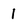
Character: 1